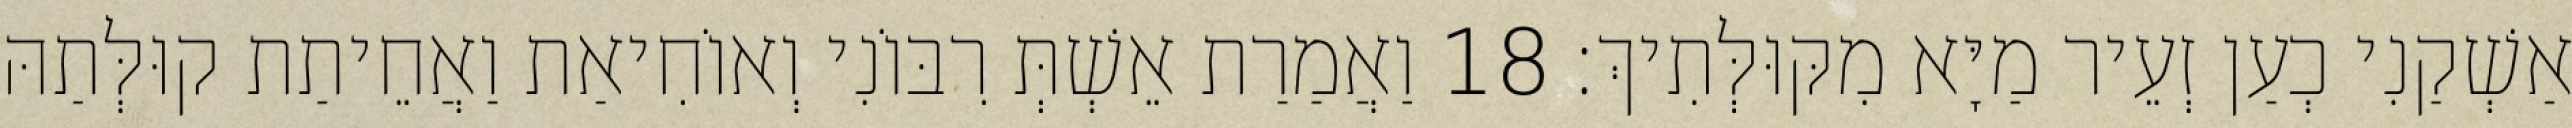
אַשְׁקַנִי כְעַן זְעֵיר מַיָּא מִקּוּלְּתִיךְ׃ 18 וַאֲמַרַת אֵשְׁתְּ רִבּוֹנִי וְאוֹחִיאַת וַאֲחֵיתַת קוּלְּתַהּ